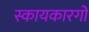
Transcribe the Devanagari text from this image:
स्कायकारगो